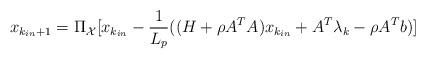
LaTeX: \begin{align*}x_{k_{in} + 1} = \Pi_{\mathcal{X}}[x_{k_{in}} - \frac{1}{L_p}((H + \rho A^T A)x_{k_{in}} + A^T\lambda_k - \rho A^Tb)]\end{align*}